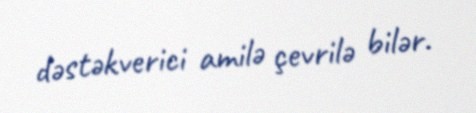
dəstəkverici amilə çevrilə bilər.